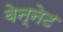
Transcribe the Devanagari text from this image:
बेन्नेट